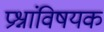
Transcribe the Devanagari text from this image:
प्रश्नांविषयक